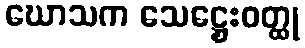
ဃောသက သေဋ္ဌေးဝတ္ထု